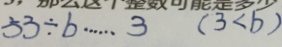
5 3 \div b \cdots 3 ( 3 < b )